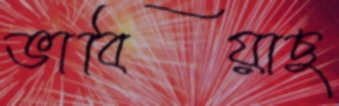
ভাবিয়াছ